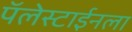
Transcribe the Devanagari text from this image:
पॅलेस्टाईनला